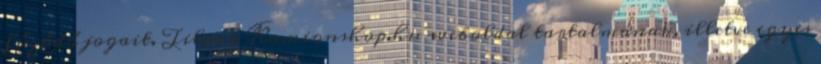
fűződő jogait. Tilos a Kamionshop.hu weboldal tartalmának, illetve egyes